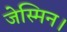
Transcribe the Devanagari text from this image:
जेस्मिन।